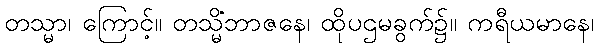
တသ္မာ၊ ကြောင့်။ တသ္မိံဘာဇနေ၊ ထိုပဌမခွက်၌။ ကရီယမာနေ၊